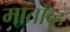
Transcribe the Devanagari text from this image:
मार्तोव्ह